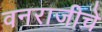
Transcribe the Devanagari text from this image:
वनराजीचे